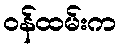
ဝန်ထမ်းက